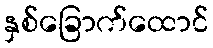
နှစ်ခြောက်ထောင်